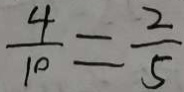
\frac { 4 } { 1 0 } = \frac { 2 } { 5 }